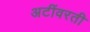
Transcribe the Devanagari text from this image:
अटींवरती